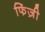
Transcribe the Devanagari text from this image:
फिंज़ी